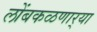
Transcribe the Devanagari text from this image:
लोंबकळणार्‍या